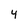
Character: 4